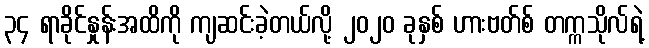
၃၄ ရာခိုင်နှုန်းအထိကို ကျဆင်းခဲ့တယ်လို့ ၂၀၂၀ ခုနှစ် ဟားဗတ်စ် တက္ကသိုလ်ရဲ့